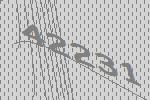
42231